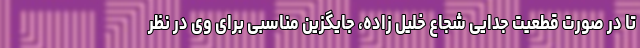
تا در صورت قطعیت جدایی شجاع خلیل زاده، جایگزین مناسبی برای وی در نظر